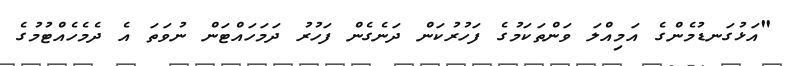
"އަޅުގަނޑުމެންގެ އަމިއްލަ ވަންތަކަމުގެ ފަހުރުކަން ދަނެގެން ފަހުރު ދަމަހައްޓަން ނުވަތަ އެ ދެމެހެއްޓުމުގެ